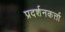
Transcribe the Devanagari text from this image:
प्रदर्शनकर्त्ता